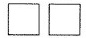
\Box \Box